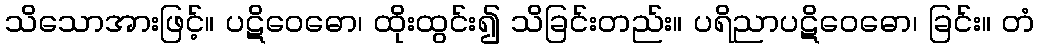
သိသောအားဖြင့်။ ပဋိဝေဓော၊ ထိုးထွင်း၍ သိခြင်းတည်း။ ပရိညာပဋိဝေဓော၊ ခြင်း။ တံ